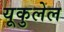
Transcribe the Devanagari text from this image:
यूकुलेल